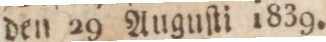
den 29 Auguſti 1839.